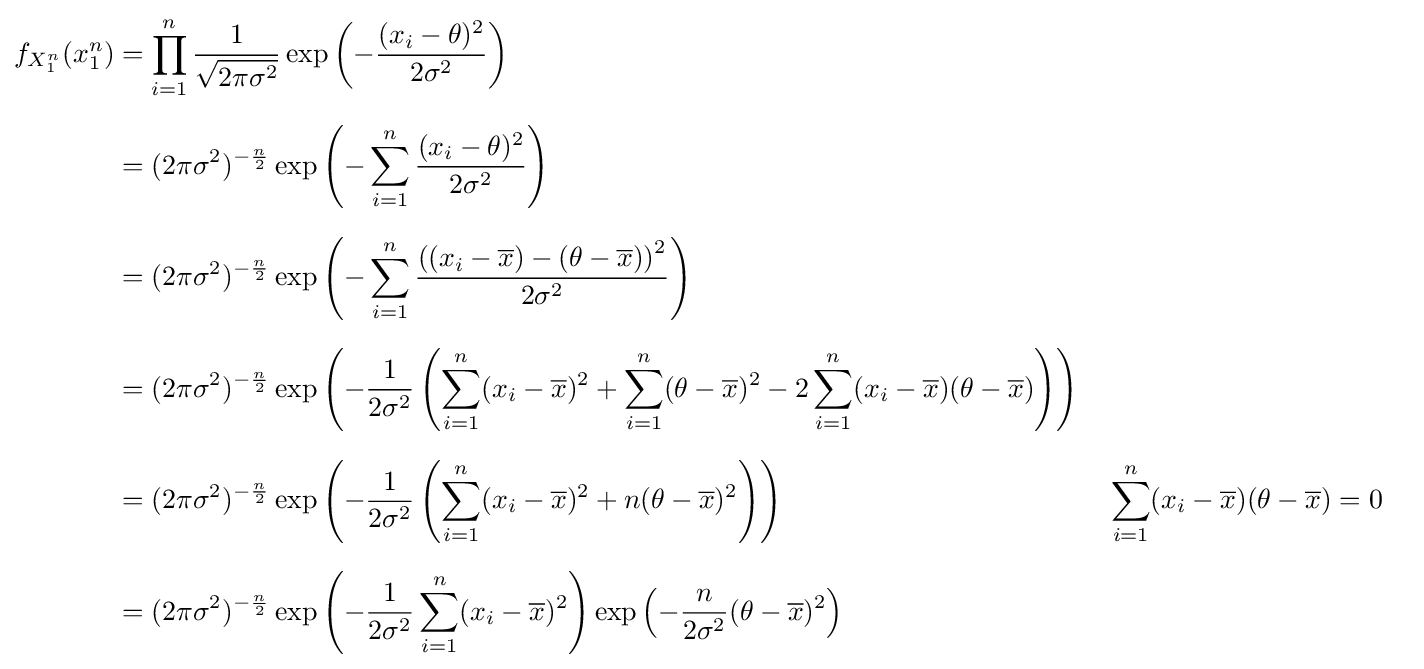
{\begin{aligned}f_{X_{1}^{n}}(x_{1}^{n})&=\prod _{i=1}^{n}{\frac {1}{\sqrt {2\pi \sigma ^{2}}}}\exp \left(-{\frac {(x_{i}-\theta )^{2}}{2\sigma ^{2}}}\right)\\[6pt]&=(2\pi \sigma ^{2})^{-{\frac {n}{2}}}\exp \left(-\sum _{i=1}^{n}{\frac {(x_{i}-\theta )^{2}}{2\sigma ^{2}}}\right)\\[6pt]&=(2\pi \sigma ^{2})^{-{\frac {n}{2}}}\exp \left(-\sum _{i=1}^{n}{\frac {\left(\left(x_{i}-{\overline {x}}\right)-\left(\theta -{\overline {x}}\right)\right)^{2}}{2\sigma ^{2}}}\right)\\[6pt]&=(2\pi \sigma ^{2})^{-{\frac {n}{2}}}\exp \left(-{1 \over 2\sigma ^{2}}\left(\sum _{i=1}^{n}(x_{i}-{\overline {x}})^{2}+\sum _{i=1}^{n}(\theta -{\overline {x}})^{2}-2\sum _{i=1}^{n}(x_{i}-{\overline {x}})(\theta -{\overline {x}})\right)\right)\\[6pt]&=(2\pi \sigma ^{2})^{-{\frac {n}{2}}}\exp \left(-{1 \over 2\sigma ^{2}}\left(\sum _{i=1}^{n}(x_{i}-{\overline {x}})^{2}+n(\theta -{\overline {x}})^{2}\right)\right)&&\sum _{i=1}^{n}(x_{i}-{\overline {x}})(\theta -{\overline {x}})=0\\[6pt]&=(2\pi \sigma ^{2})^{-{\frac {n}{2}}}\exp \left(-{1 \over 2\sigma ^{2}}\sum _{i=1}^{n}(x_{i}-{\overline {x}})^{2}\right)\exp \left(-{\frac {n}{2\sigma ^{2}}}(\theta -{\overline {x}})^{2}\right)\end{aligned}}